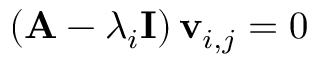
\left( \mathbf { A } - \lambda _ { i } \mathbf { I } \right) \mathbf { v } _ { i , j } = 0